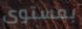
بمستوى